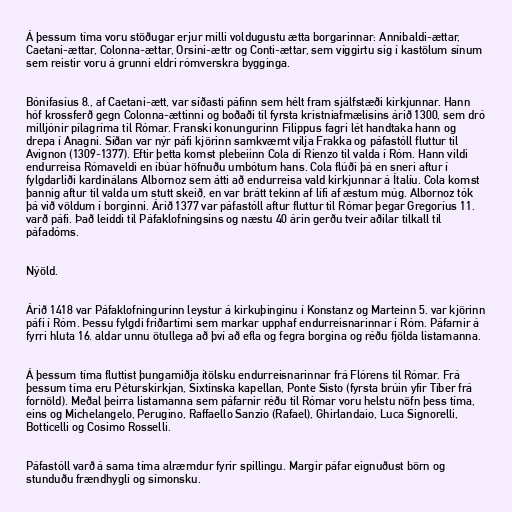
Á þessum tíma voru stöðugar erjur milli voldugustu ætta borgarinnar: Annibaldi-ættar,
Caetani-ættar, Colonna-ættar, Orsini-ættr og Conti-ættar, sem víggirtu sig í kastölum sínum
sem reistir voru á grunni eldri rómverskra bygginga.

Bónifasíus 8., af Caetani-ætt, var síðasti páfinn sem hélt fram sjálfstæði kirkjunnar. Hann
hóf krossferð gegn Colonna-ættinni og boðaði til fyrsta kristniafmælisins árið 1300, sem dró
milljónir pílagríma til Rómar. Franski konungurinn Filippus fagri lét handtaka hann og
drepa í Anagni. Síðan var nýr páfi kjörinn samkvæmt vilja Frakka og páfastóll fluttur til
Avignon (1309-1377). Eftir þetta komst plebeiinn Cola di Rienzo til valda í Róm. Hann vildi
endurreisa Rómaveldi en íbúar höfnuðu umbótum hans. Cola flúði þá en sneri aftur í
fylgdarliði kardinálans Albornoz sem átti að endurreisa vald kirkjunnar á Ítalíu. Cola komst
þannig aftur til valda um stutt skeið, en var brátt tekinn af lífi af æstum múg. Albornoz tók
þá við völdum í borginni. Árið 1377 var páfastóll aftur fluttur til Rómar þegar Gregoríus 11.
varð páfi. Það leiddi til Páfaklofningsins og næstu 40 árin gerðu tveir aðilar tilkall til
páfadóms.

Nýöld.

Árið 1418 var Páfaklofningurinn leystur á kirkuþinginu í Konstanz og Marteinn 5. var kjörinn
páfi í Róm. Þessu fylgdi friðartími sem markar upphaf endurreisnarinnar í Róm. Páfarnir á
fyrri hluta 16. aldar unnu ötullega að því að efla og fegra borgina og réðu fjölda listamanna.

Á þessum tíma fluttist þungamiðja ítölsku endurreisnarinnar frá Flórens til Rómar. Frá
þessum tíma eru Péturskirkjan, Sixtínska kapellan, Ponte Sisto (fyrsta brúin yfir Tíber frá
fornöld). Meðal þeirra listamanna sem páfarnir réðu til Rómar voru helstu nöfn þess tíma,
eins og Michelangelo, Perugino, Raffaello Sanzio (Rafael), Ghirlandaio, Luca Signorelli,
Botticelli og Cosimo Rosselli.

Páfastóll varð á sama tíma alræmdur fyrir spillingu. Margir páfar eignuðust börn og
stunduðu frændhygli og símonsku.